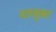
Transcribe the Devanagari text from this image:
वाखुन्ना